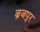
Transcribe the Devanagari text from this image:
ब्रजपुर